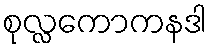
စုလ္လကောကနဒါ